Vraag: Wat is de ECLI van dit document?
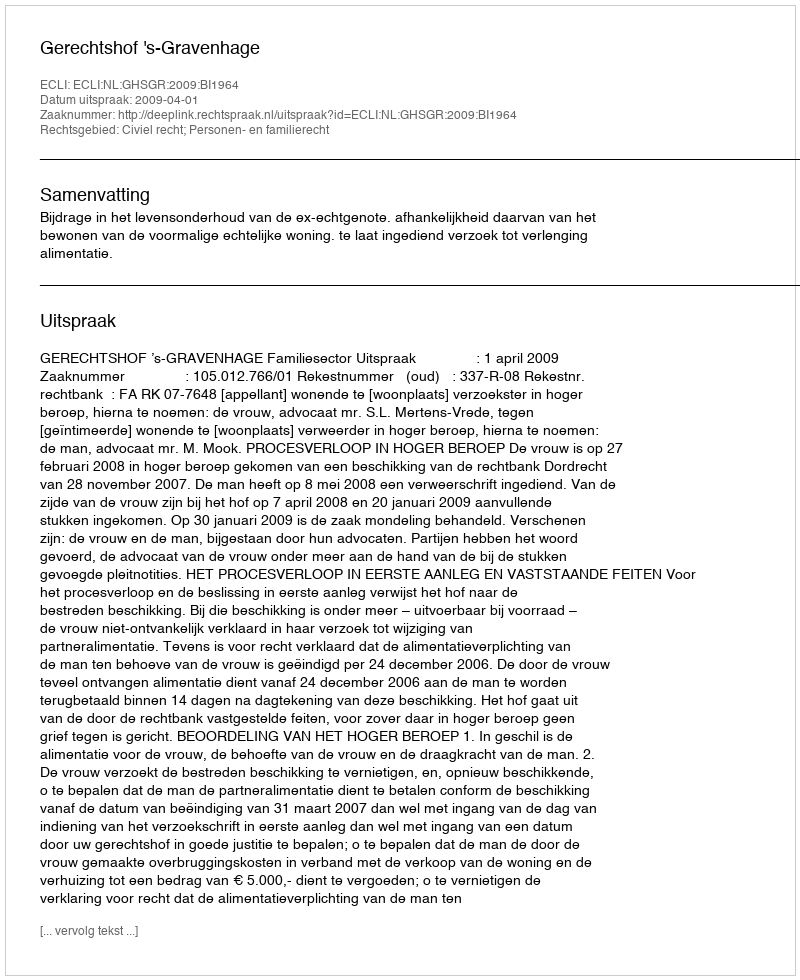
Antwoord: ECLI:NL:GHSGR:2009:BI1964